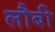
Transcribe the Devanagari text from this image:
लौबी